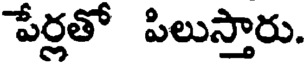
పేర్లతో పిలుస్తారు.